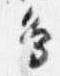
辺